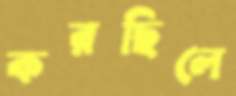
করছিলে